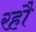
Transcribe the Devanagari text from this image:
रहौ